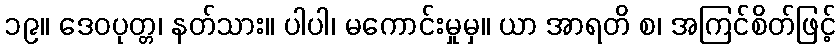
၁၉။ ဒေဝပုတ္တ၊ နတ်သား။ ပါပါ၊ မကောင်းမှုမှ။ ယာ အာရတိ စ၊ အကြင်စိတ်ဖြင့်